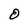
Character: O